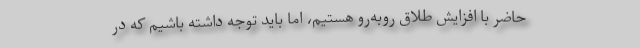
حاضر با افزایش طلاق روبه‌رو هستیم، اما باید توجه داشته باشیم که در